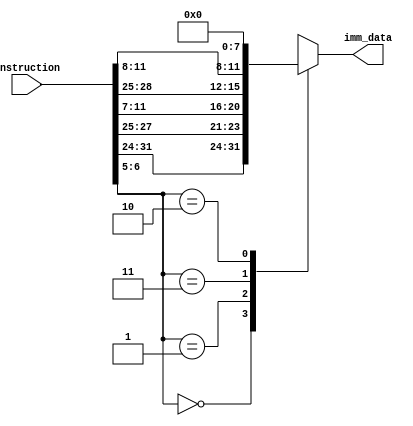
`timescale 1ns / 1ps
module imm_data(
    input [31:0] instruction,
    output reg [7:0] imm_data
);

  always @(*)
    begin
      case (instruction[6:5])
        2'b00: // I-type/Load
          begin
            imm_data = instruction[31:24]; 
          end
        2'b01: // S-type
          begin
            imm_data = {instruction[27:25], instruction[11:7]}; 
          end
        2'b11: // FOR B TYPE INSTRUCTIONS
        begin
        imm_data={instruction[28:25],instruction[11:8]};
        end
        2'b10: //not used values
          begin
            imm_data = 8'b0; 
          end
        default:
          begin
            imm_data = 8'b0; 
          end
      endcase
    end  

endmodule